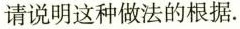
请说明这种做法的根据。 ( )